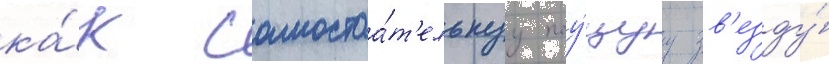
ка́к самостоа́т'ельнуу поу́щуу зв'езду́